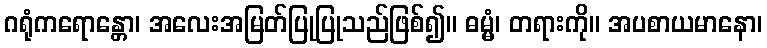
ဂရုံကရောန္တော၊ အလေးအမြတ်ပြုပြုသည်ဖြစ်၍။ ဓမ္မံ၊ တရားကို။ အပစာယမာနော၊